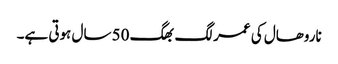
ناروھال کی عمر لگ بھگ 50 سال ہوتی ہے۔